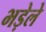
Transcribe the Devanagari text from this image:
भड़ेले